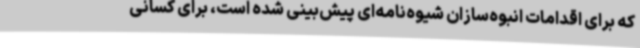
که برای اقدامات انبوه‌سازان شیوه‌نامه‌ای پیش‌بینی شده است، برای کسانی